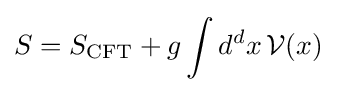
S=S_{\text{CFT}}+g\int d^{d}x\,{\mathcal {V}}(x)